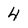
Character: 4